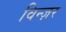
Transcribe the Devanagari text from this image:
विन्ज़र